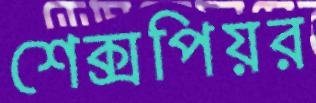
শেক্সপিয়র